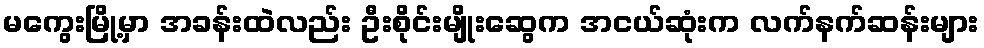
မကွေးမြို့မှာ အခန်းထဲလည်း ဦးစိုင်းမျိုးဆွေက အငယ်ဆုံးက လက်နက်ဆန်းများ